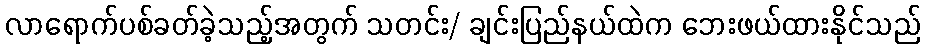
လာရောက်ပစ်ခတ်ခဲ့သည့်အတွက် သတင်း/ ချင်းပြည်နယ်ထဲက ဘေးဖယ်ထားနိုင်သည်